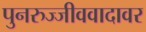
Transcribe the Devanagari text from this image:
पुनरुज्जीववादावर